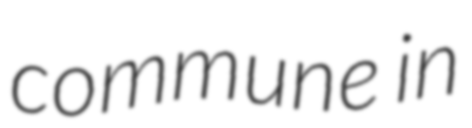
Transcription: commune in